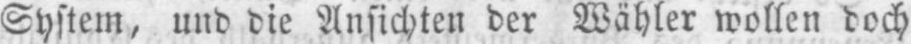
System, und die Ansichten der Wähler wollen doch